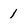
Character: 1